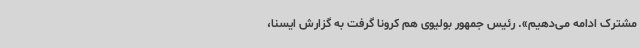
مشترک ادامه می‌دهیم». رئیس جمهور بولیوی هم کرونا گرفت به گزارش ایسنا،